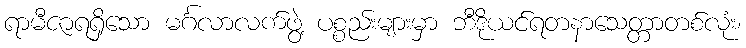
ရာမီဇာရရှိသော မင်္ဂလာလက်ဖွဲ့ ပစ္စည်းများမှာ ဘီဒိုယင်ရတနာသေတ္တာတစ်လုံး၊